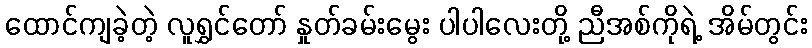
ထောင်ကျခဲ့တဲ့ လူရွှင်တော် နှုတ်ခမ်းမွေး ပါပါလေးတို့ ညီအစ်ကိုရဲ့ အိမ်တွင်း